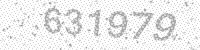
Solution: 631979